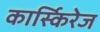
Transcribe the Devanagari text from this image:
कार्स्किरेज